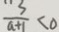
\frac { 3 } { a + 1 } < 0